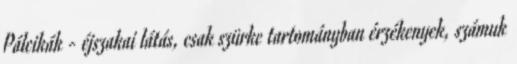
Pálcikák - éjszakai látás, csak szürke tartományban érzékenyek, számuk